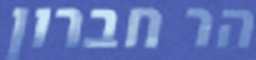
הר חברון